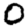
Digit: 0